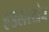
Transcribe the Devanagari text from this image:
हडलस्टोन